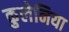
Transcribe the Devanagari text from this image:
कुलेनिया